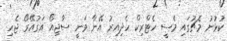
ކުޅުނު މެޗުގައި މެސީ ހެޓްރިކް ހެދިއިރު އޭނާ ވަނީ ސާޖިއޯ އަގުއޭރޯ ޖެހި